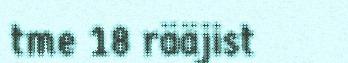
tme 18 rääjist